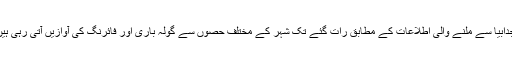
اجدابیا سے ملنے والی اطلاعات کے مطابق رات گئے تک شہر کے مختلف حصوں سے گولہ باری اور فائرنگ کی آوازیں آتی رہی ہیں۔